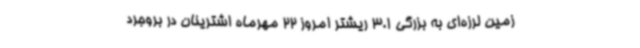
زمین لرزه‌ای به بزرگی 3.1 ریشتر امروز 22 مهرماه اشترینان در بروجرد